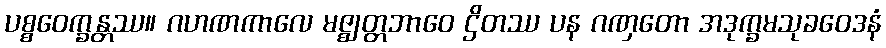
ပစ္စဝေက္ခန္တဿ။ ဂဟဏကာလေ မဇ္ဈတ္တဘာဝေ ဌိတဿ ပန ဂဏှတော အဒုက္ခမသုခဝေဒနံ